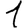
Digit: 1